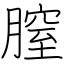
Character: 膣